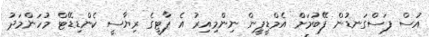
އުސް ފަސްގަނޑުން ފޭބުމަށް އެމްޑީޕީން ނިންމިއިރު އެ ޕާޓީގެ ރިޔާސީ ކެންޑިޑޭޓް މުހަންމަދު